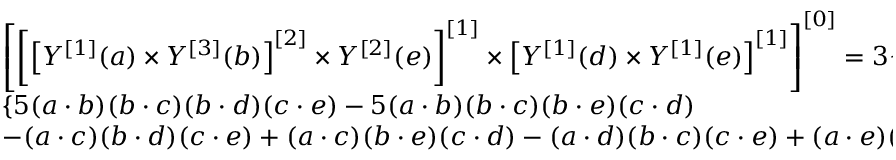
\begin{array} { l } { \left[ \left[ \left[ Y ^ { \left[ 1 \right] } ( a ) \times Y ^ { \left[ 3 \right] } ( b ) \right] ^ { \left[ 2 \right] } \times Y ^ { \left[ 2 \right] } ( e ) \right] ^ { \left[ 1 \right] } \times \left[ Y ^ { \left[ 1 \right] } ( d ) \times Y ^ { \left[ 1 \right] } ( e ) \right] ^ { \left[ 1 \right] } \right] ^ { \left[ 0 \right] } = 3 \sqrt { 3 } / ( 6 4 \pi ^ { 5 / 2 } ) } \\ { \{ 5 ( a \cdot b ) ( b \cdot c ) ( b \cdot d ) ( c \cdot e ) - 5 ( a \cdot b ) ( b \cdot c ) ( b \cdot e ) ( c \cdot d ) } \\ { - ( a \cdot c ) ( b \cdot d ) ( c \cdot e ) + ( a \cdot c ) ( b \cdot e ) ( c \cdot d ) - ( a \cdot d ) ( b \cdot c ) ( c \cdot e ) + ( a \cdot e ) ( b \cdot c ) ( c \cdot d ) \} \, . } \end{array}